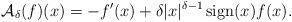
LaTeX: \begin{align*}\mathcal{A}_\delta(f)(x) = - f^\prime(x) + \delta |x|^{\delta-1}\operatorname{sign}(x)f(x). \end{align*}